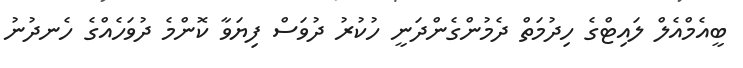
ބީއެމްއެލް ލައިޓްގެ ހިދުމަތް ދެމުންގެންދަނީ ހުކުރު ދުވަސް ފިޔަވާ ކޮންމެ ދުވަހެއްގެ ހެނދުނު